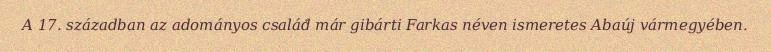
A 17. században az adományos család már gibárti Farkas néven ismeretes Abaúj vármegyében.